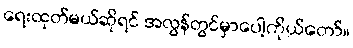
ရေးထုတ်မယ်ဆိုရင် အလွန်တွင်မှာပေါ့ကိုယ်တော်။